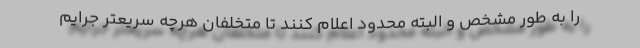
را به طور مشخص و البته محدود اعلام کنند تا متخلفان هرچه سریعتر جرایم